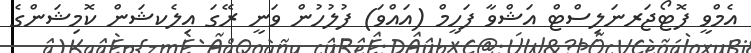
އެމްވީ ފޮޓޯޖަރނަލިސްޓް އަޝްވާ ފަހީމް (އައްވަ) ފުލުހުން ވަނީ ރޭގަ އިލެކޝަން ކޮމިޝަންގެ